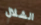
الشلال